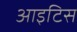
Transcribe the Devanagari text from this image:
आइटिस